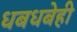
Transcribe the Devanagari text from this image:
धबधबेही